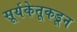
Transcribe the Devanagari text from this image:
सूर्यकेतूकडून